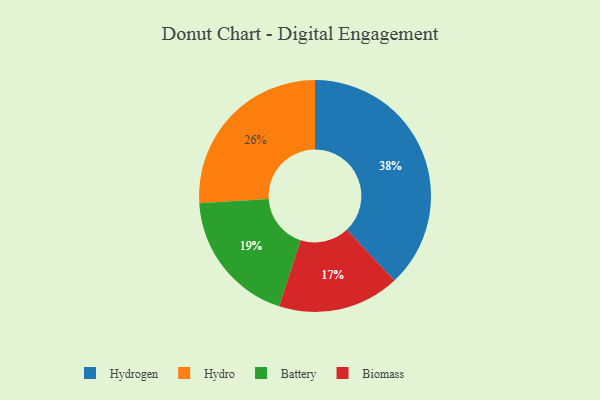
{"axis": {"x": "Category", "y": "Percentage"}, "legend": ["Battery", "Biomass", "Hydro", "Hydrogen"], "data": [{"x": "Battery", "y": 19, "type": "Battery"}, {"x": "Hydrogen", "y": 38, "type": "Hydrogen"}, {"x": "Hydro", "y": 26, "type": "Hydro"}, {"x": "Biomass", "y": 17, "type": "Biomass"}]}